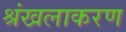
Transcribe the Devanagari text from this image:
श्रंखलाकरण